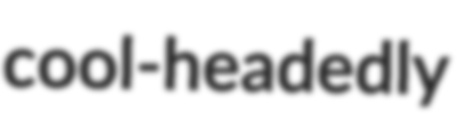
cool-headedly